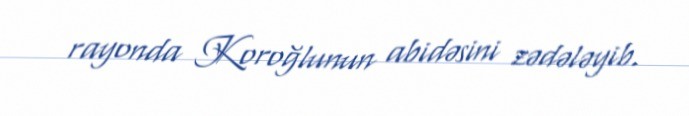
rayonda Koroğlunun abidəsini zədələyib.